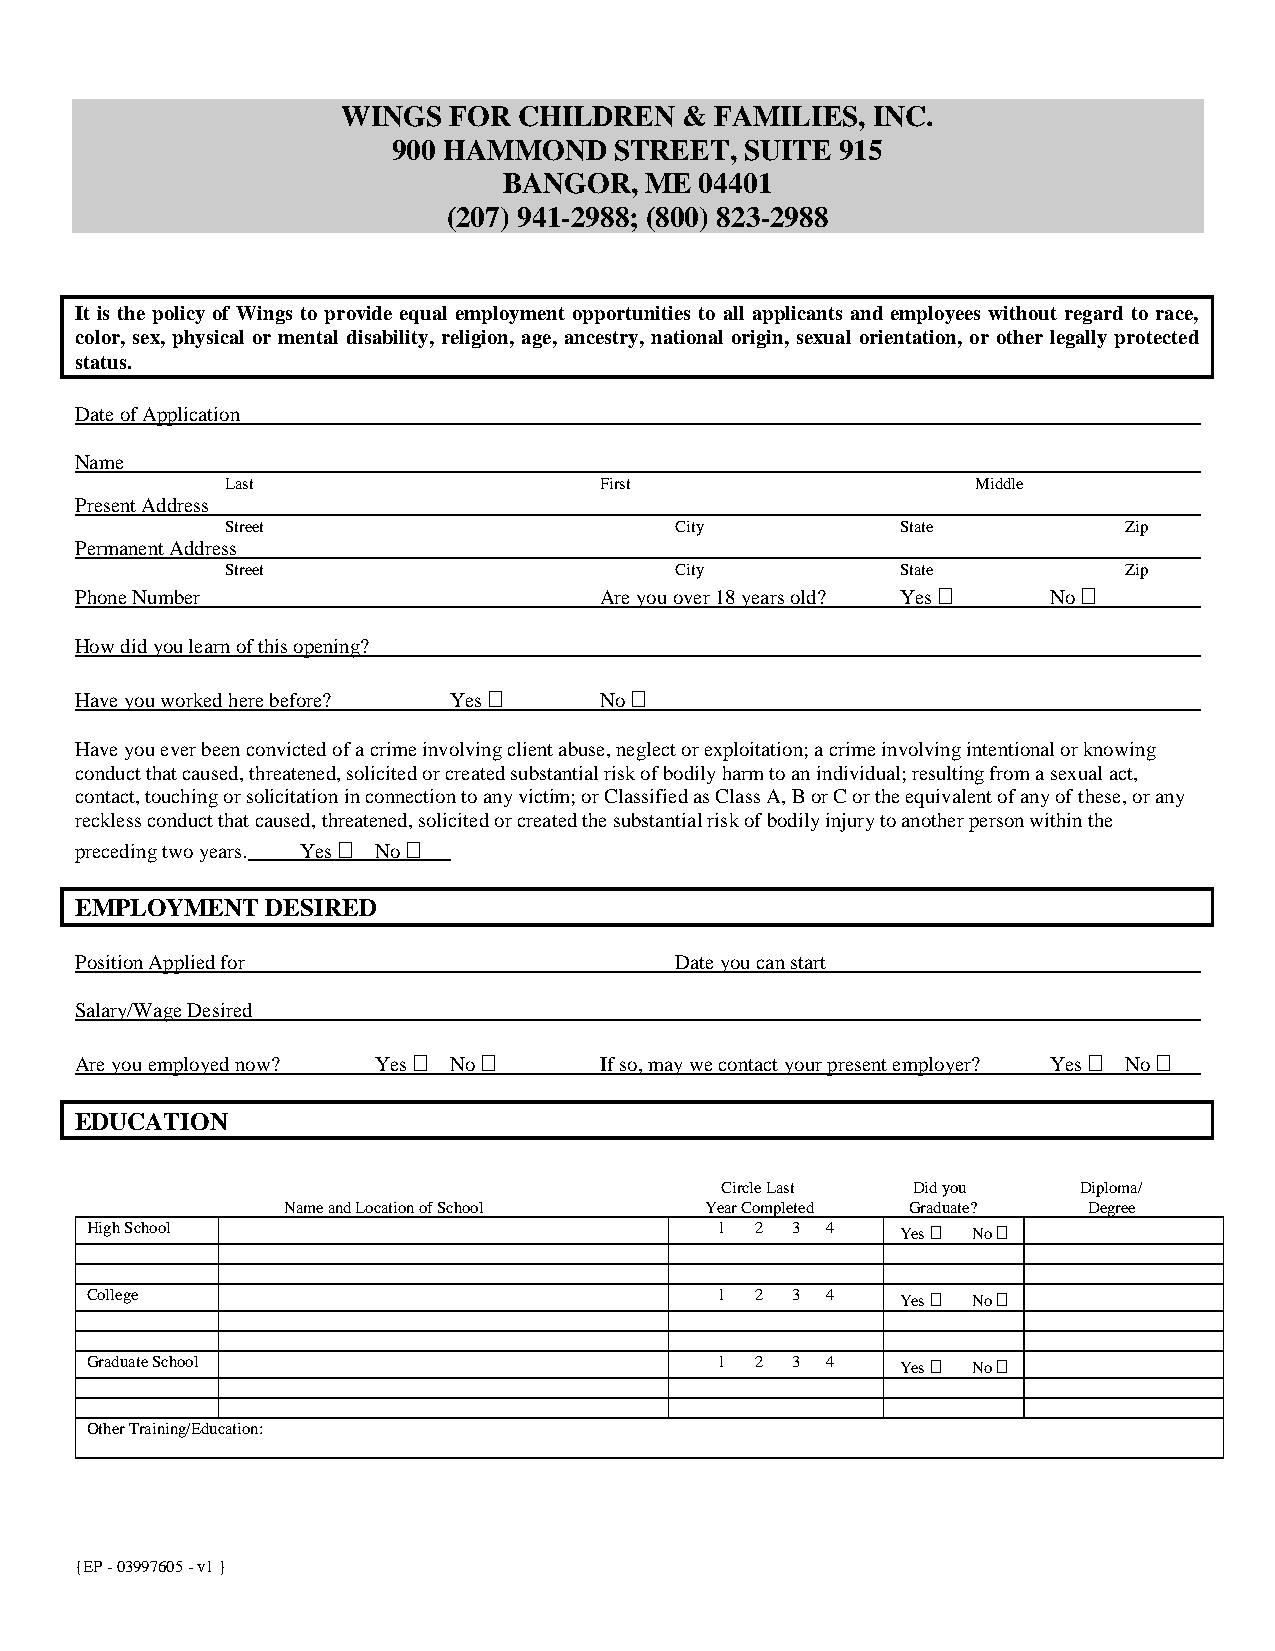
WINGS  FOR CHILDREN   & FAMILIES,  INC.
 900 HAMMOND    STREET, SUITE  915
 BANGOR,   ME 04401
 (207) 941-2988; (800) 823-2988
 It is the policy of Wings to provide equal employment opportunities to all applicants and employees without regard to race,
 color, sex, physical or mental disability, religion, age, ancestry, national origin, sexual orientation, or other legally protected
 status.
 Date of Application
 Name
 Last                     First                    Middle
 Present Address
 Street                        City           State         Zip
 Permanent Address
 Street                        City           State         Zip
 Phone Number                       Are you over 18 years old? Yes  No 
 How did you learn of this opening?
 Have you worked here before? Yes  No 
 Have you ever been convicted of a crime involving client abuse, neglect or exploitation; a crime involving intentional or knowing
 conduct that caused, threatened, solicited or created substantial risk of bodily harm to an individual; resulting from a sexual act,
 contact, touching or solicitation in connection to any victim; or Classified as Class A, B or C or the equivalent of any of these, or any
 reckless conduct that caused, threatened, solicited or created the substantial risk of bodily injury to another person within the
 preceding two years. Yes  No 
 EMPLOYMENT   DESIRED
 Position Applied for                    Date you can start
 Salary/Wage Desired
 Are you employed now? Yes  No    If so, may we contact your present employer? Yes  No 
 EDUCATION
 Circle Last Did you    Diploma/
 Name and Location of School Year Completed Graduate? Degree
 High School                              1  2 3  4    Yes  No 
 College                                  1  2 3  4    Yes  No 
 Graduate School                          1  2 3  4    Yes  No 
 Other Training/Education:
 {EP - 03997605 - v1 }